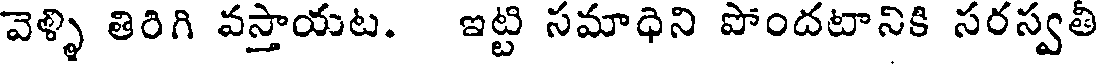
వెళ్ళి తిరిగి వస్తాయట. ఇట్టి సమాధిని పోందటానికి సరస్వతీ